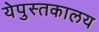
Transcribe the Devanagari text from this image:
येपुस्तकालय